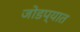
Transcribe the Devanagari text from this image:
जोडप्यात